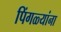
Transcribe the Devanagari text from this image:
पिंगळ्यांना